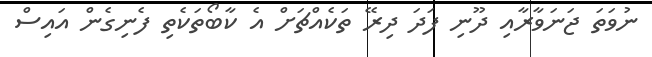
ނުވަތަ ޖަނަވާރާއި ދޫނި ފަދަ ދިރޭ ތަކެއްޗަށް އެ ކާބޯތަކެތި ފެނިގެން އައިސް